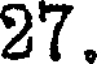
27.